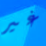
غير